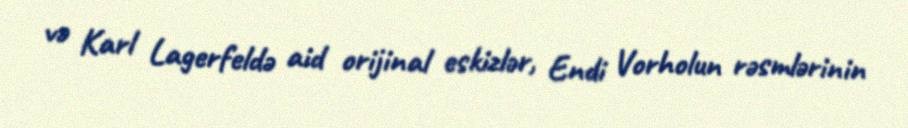
və Karl Lagerfeldə aid orijinal eskizlər, Endi Vorholun rəsmlərinin